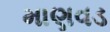
માણવડ